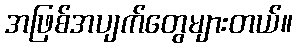
အဖြစ်အပျက်တွေများတယ်။